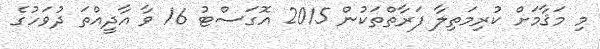
މި މަޤާމަށް ކުރިމަތިލާ ފަރާތްތަކުން 2015 އޮގަސްޓު 16 ވާ އާދީއްތަ ދުވަހުގެ